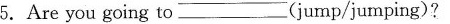
5.Are you going to_(jump/jumping)?